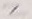
Text: Z